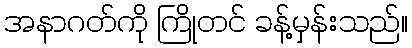
အနာဂတ်ကို ကြိုတင် ခန့်မှန်းသည်။